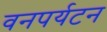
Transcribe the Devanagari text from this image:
वनपर्यटन